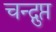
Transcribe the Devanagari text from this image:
चन्द्गुप्त